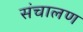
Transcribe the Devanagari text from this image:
संचालण